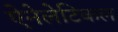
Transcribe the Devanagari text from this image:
ऐनेलेटिकल